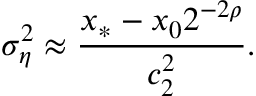
\sigma _ { \eta } ^ { 2 } \approx \frac { x _ { * } - x _ { 0 } 2 ^ { - 2 \rho } } { c _ { 2 } ^ { 2 } } .